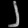
Digit: ၂